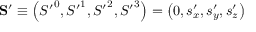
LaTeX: \mathbf { S } ^ { \prime } \equiv \left( { S ^ { \prime } } ^ { 0 } , { S ^ { \prime } } ^ { 1 } , { S ^ { \prime } } ^ { 2 } , { S ^ { \prime } } ^ { 3 } \right) = \left( 0 , s _ { x } ^ { \prime } , s _ { y } ^ { \prime } , s _ { z } ^ { \prime } \right)